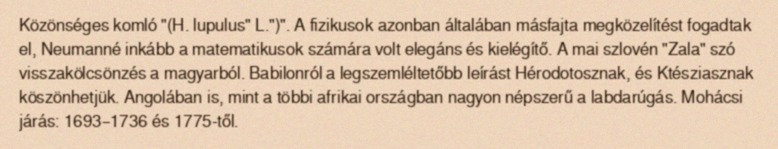
Közönséges komló "(H. lupulus" L.")". A fizikusok azonban általában másfajta megközelítést fogadtak el, Neumanné inkább a matematikusok számára volt elegáns és kielégítő. A mai szlovén "Zala" szó visszakölcsönzés a magyarból. Babilonról a legszemléltetőbb leírást Hérodotosznak, és Ktésziasznak köszönhetjük. Angolában is, mint a többi afrikai országban nagyon népszerű a labdarúgás. Mohácsi járás: 1693–1736 és 1775-től.